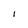
Character: I